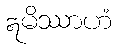
ဣမိဿာဟံ